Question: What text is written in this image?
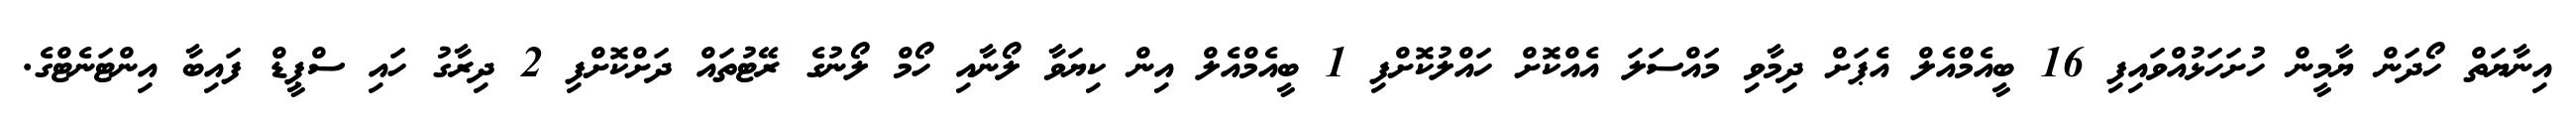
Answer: އިނާޔަތް ހޯދަން ޔާމީން ހުށަހަޅުއްވައިފި 16 ބީއެމްއެލް އެޕަށް ދިމާވި މައްސަލަ އެއްކޮށް ހައްލުކޮށްފި 1 ބީއެމްއެލް އިން ކިޔަވާ ލޯނާއި ހޯމް ލޯނުގެ ރޭޓުތައް ދަށްކޮށްފި 2 ދިރާގު ހައި ސްޕީޑް ފައިބާ އިންޓަނެޓްގެ.